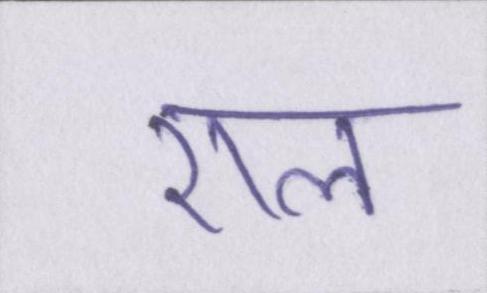
एल